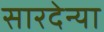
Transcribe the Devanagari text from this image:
सारदेन्या